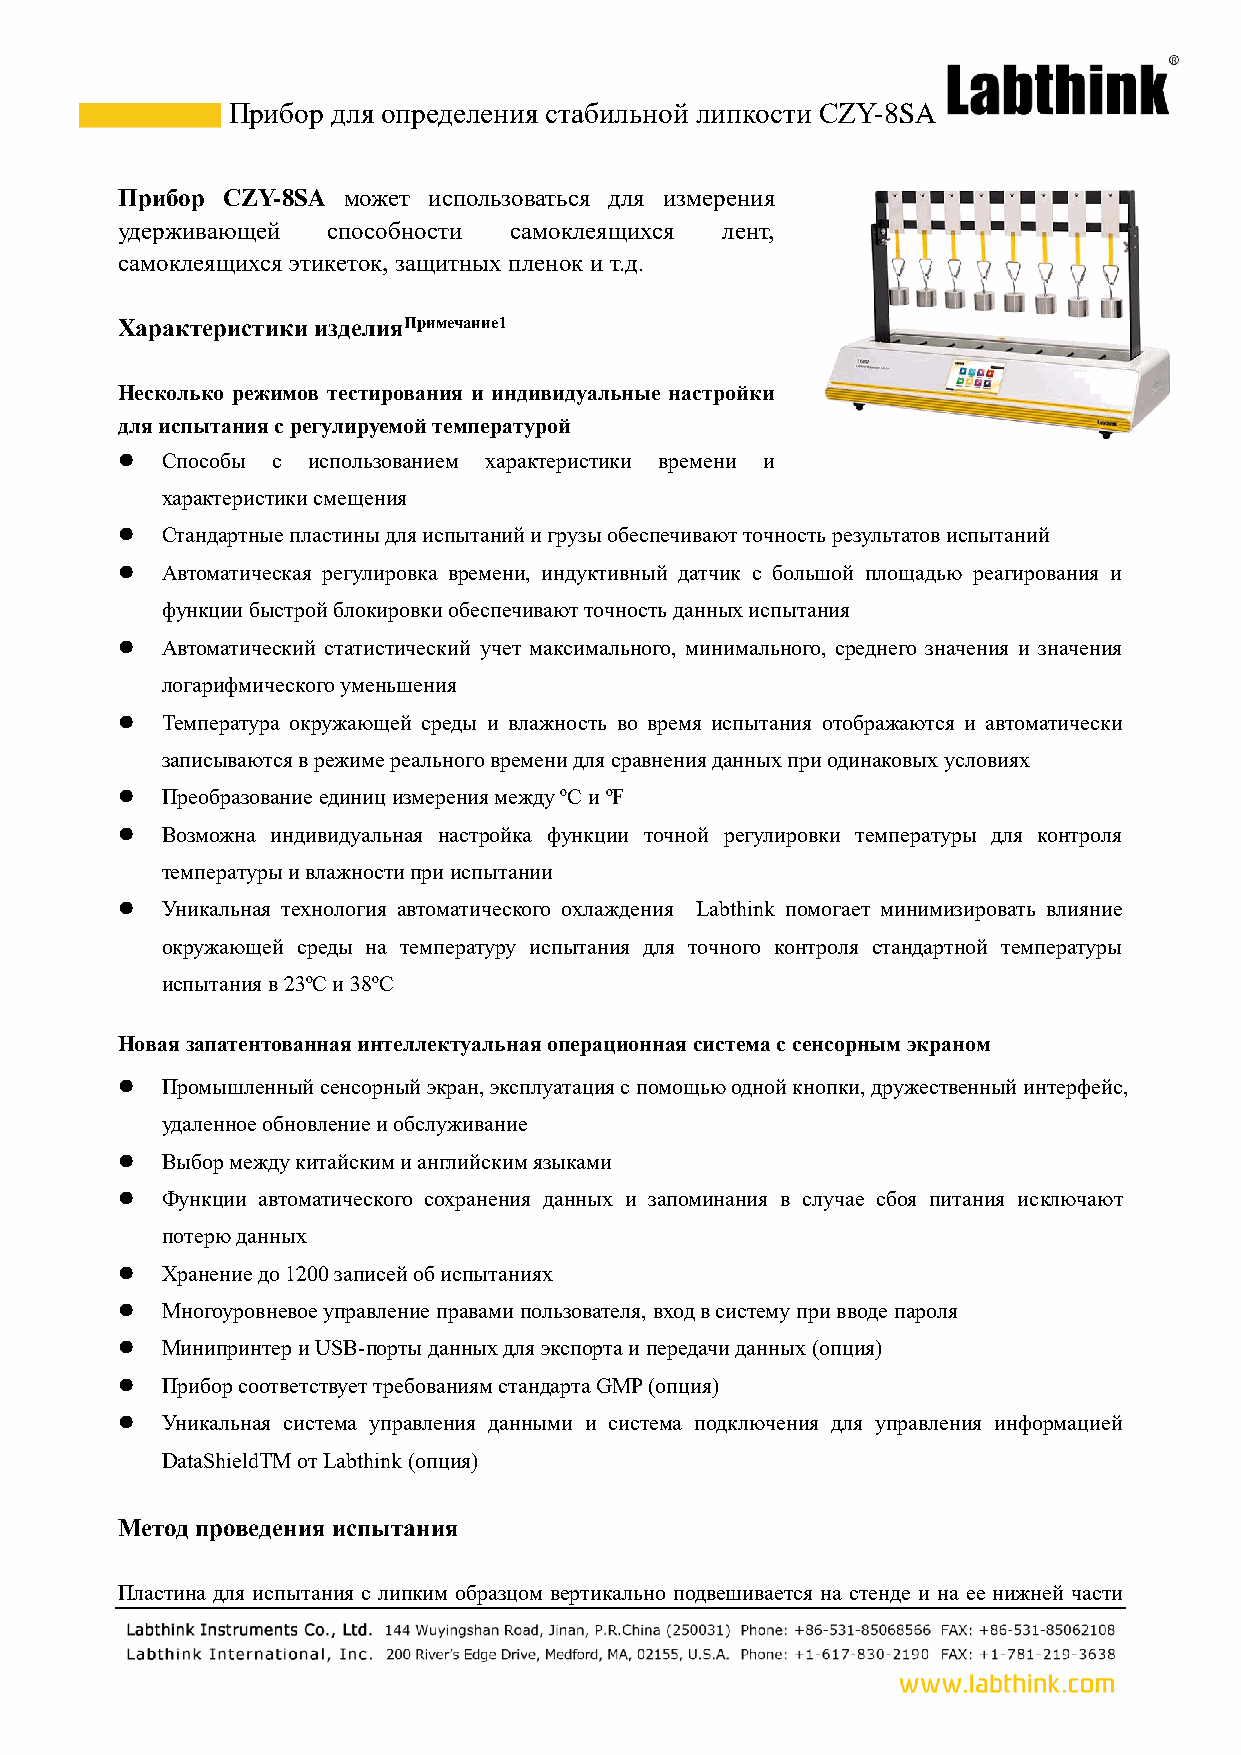
Прибор для определения стабильной липкости CZY-8SA
 Прибор CZY-8SA может использоваться для измерения
 удерживающей  способности самоклеящихся лент,
 самоклеящихся этикеток, защитных пленок и т.д.
 Характеристики изделияПримечание1
 Несколько режимов тестирования и индивидуальные настройки
 для испытания с регулируемой температурой
 ⚫  Способы с использованием характеристики времени и
 характеристики смещения
 ⚫  Стандартные пластины для испытаний и грузы обеспечивают точность результатов испытаний
 ⚫  Автоматическая регулировка времени, индуктивный датчик с большой площадью реагирования и
 функции быстрой блокировки обеспечивают точность данных испытания
 ⚫  Автоматический статистический учет максимального, минимального, среднего значения и значения
 логарифмического уменьшения
 ⚫  Температура окружающей среды и влажность во время испытания отображаются и автоматически
 записываются в режиме реального времени для сравнения данных при одинаковых условиях
 ⚫  Преобразование единиц измерения между ºC и ºF
 ⚫  Возможна индивидуальная настройка функции точной регулировки температуры для контроля
 температуры и влажности при испытании
 ⚫  Уникальная технология автоматического охлаждения Labthink помогает минимизировать влияние
 окружающей среды на температуру испытания для точного контроля стандартной температуры
 испытания в 23ºC и 38ºC
 Новая запатентованная интеллектуальная операционная система с сенсорным экраном
 ⚫  Промышленный сенсорный экран, эксплуатация с помощью одной кнопки, дружественный интерфейс,
 удаленное обновление и обслуживание
 ⚫  Выбор между китайским и английским языками
 ⚫  Функции автоматического сохранения данных и запоминания в случае сбоя питания исключают
 потерю данных
 ⚫  Хранение до 1200 записей об испытаниях
 ⚫  Многоуровневое управление правами пользователя, вход в систему при вводе пароля
 ⚫  Минипринтер и USB-порты данных для экспорта и передачи данных (опция)
 ⚫  Прибор соответствует требованиям стандарта GMP (опция)
 ⚫  Уникальная система управления данными и система подключения для управления информацией
 DataShieldTM от Labthink (опция)
 Метод проведения испытания
 Пластина для испытания с липким образцом вертикально подвешивается на стенде и на ее нижней части